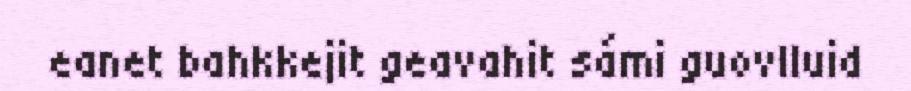
eanet bahkkejit geavahit sámi guovlluid